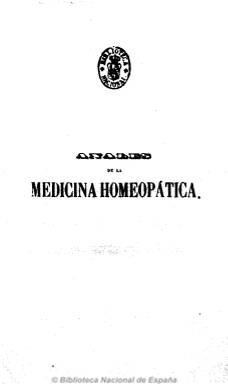
Título: Anales de la medicina homeopática
Colección: Homeopatía
Ámbito geográfico: Madrid
Lugar de publicación: Madrid
Fechas: 01/01/1851-31/12/1857

Es continuación del Boletín de la Sociedad Hahnemanniana Matritense, que venía publicándose desde la fundación de esta sociedad, en noviembre de 1845. Incluirá artículos doctrinales, memorias, estudios, discursos, necrológicas, noticias varias, estadísticas y ensayos clínicos sobre lo que considera “sorprendentes y repetidas curaciones homeopáticas, verificadas en enfermos abandonados como incurables por los detractores de la homeopatía”.  Se dedicará, pues, a la propagación y enseñanza de la homeopatía y difundirá su desarrollo en España y los adelantos y descubrimientos de lo que califica de “benéfica doctrina médica”, a la vez que continuará las polémicas con la denominada medicina alopática.

Además, incluirá artículos traducidos de otros médicos europeos integrados en otras tantas sociedades del mismo tipo con las que la matritense había establecido estrechas relaciones. Dará cuenta también de la composición de los órganos directivos y de la extensa nómina de socios de la sociedad, presidida por el doctor José Núñez. Actuará como secretario de la publicación J. Álvarez-Peralta, y entre sus colaboradores se encuentran Joaquín M. Lario, Lope Esquiroz, Anastasio Álvarez y González, Víctor Iturralde y Tomás Pellicer.

Debió de aparecer mensualmente, aunque forma tomos anuales de más de 500 páginas, al final de los cuales incluye un índice temático. Pudo estar publicándose hasta 1860, y tener continuación en El criterio médico (1860-1890).